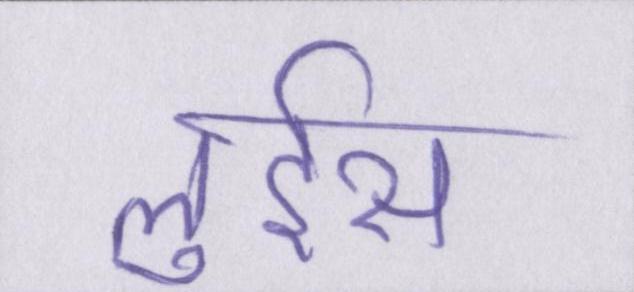
लुईस